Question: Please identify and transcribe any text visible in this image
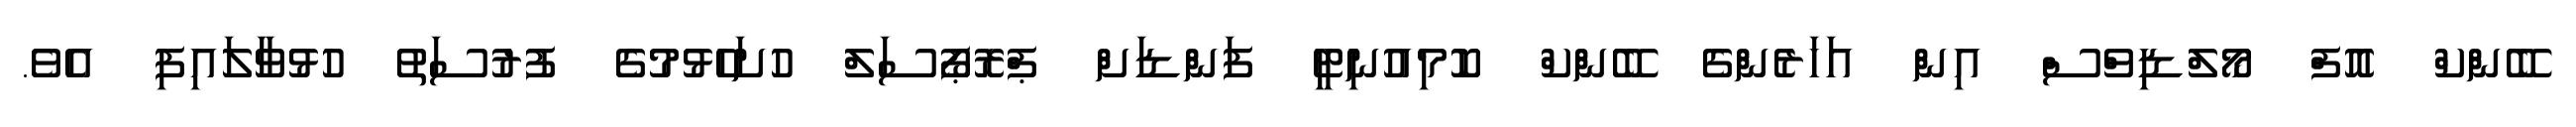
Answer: ބޭންކް އޮފް މޯލްޑިވްސް އިން އަހަރެންގެ ބޭންކް ކޮމިއުނިޓީ ފަންޑަށް ޕްރޮޕޯސަލް ހުށަހެޅުމުގެ ފުރުސަތު ހުޅުވާލައިފި އެވެ.